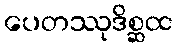
ပေတဿုဒိစ္ဆထ